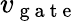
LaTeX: v_{\mathrm{~g~a~t~e~}}